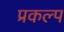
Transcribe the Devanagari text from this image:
प्रकल्‍प